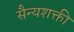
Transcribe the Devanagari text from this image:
सैन्यशक्ती